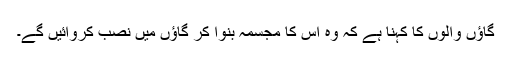
گاﺅں والوں کا کہنا ہے کہ وہ اس کا مجسمہ بنوا کر گاﺅں میں نصب کروائیں گے۔